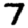
Digit: 7